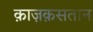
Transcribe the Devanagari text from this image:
क़ाज़क़सतान